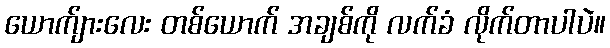
ယောက်ျားလေး တစ်ယောက် အချစ်ကို လက်ခံ လိုက်တာပါပဲ။